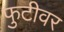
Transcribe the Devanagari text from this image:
फुटीवर